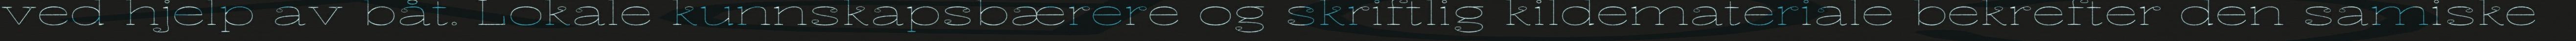
ved hjelp av båt. Lokale kunnskapsbærere og skriftlig kildemateriale bekrefter den samiske